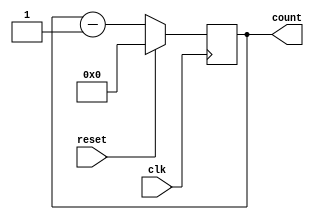
module counter(clk,reset,count);
  input clk,reset;

  output reg [7:0] count;
  
  always@(posedge clk ) begin
    if(reset)    //Set Counter to Zero
      count <= 0;
    else
      count <= count - 1; //===>bug,  should be count<=count+1
  end
  
endmodule

module input_capture(sig,clk,val,rst,rstVal,intFlag,rstIntFlag);
  input clk,rst,sig,rstVal,rstIntFlag;
  output reg [7:0] val;
  output reg intFlag;
  
  wire [7:0] tempCount;
  counter ct(.clk(clk),.count(tempCount),.reset(rst));
  initial intFlag=1'b0;
  
  always@(posedge sig or posedge rstVal or posedge rstIntFlag) begin
    if(rstVal)
      	val<= 1; //===>bug, should be zero
    else begin
    	           //===>bug, val<=tempCount; should be present
      	intFlag<=1'b1;
    end
                //===>bug, if(rstIntFlag) intFlag<=1'b0; should be present 
    
  end
endmodule